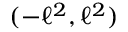
( - \ell ^ { 2 } , \ell ^ { 2 } )